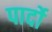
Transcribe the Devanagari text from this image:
पार्दो